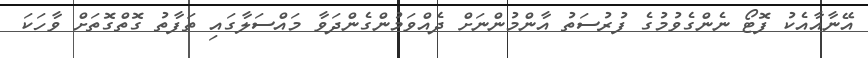
އޭނާއާއެކު ފޮޓޯ ނެންގެވުމުގެ ފުރުސަތު އާންމުންނަށް ދެއްވަމުންގެންދަވާ މައްސަލާގައި ތަފާތު ގޮތްގޮތަށް ވާހަކަ